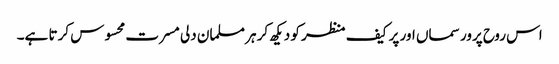
اس روح پرور سماں اور پر کیف منظر کو دیکھ کر ہر مسلمان دلی مسرت محسوس کرتا ہے۔